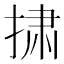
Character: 𪮋